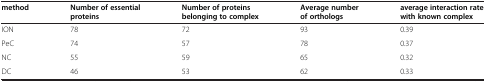
<table><thead><tr><td><b>method</b></td><td><b>Number of essential proteins</b></td><td><b>Number of proteins belonging to complex</b></td><td><b>Average number of orthologs</b></td><td><b>average interaction rate with known complex</b></td></tr></thead><tbody><tr><td>ION</td><td>78</td><td>72</td><td>93</td><td>0.39</td></tr><tr><td>PeC</td><td>74</td><td>57</td><td>78</td><td>0.37</td></tr><tr><td>NC</td><td>55</td><td>59</td><td>65</td><td>0.32</td></tr><tr><td>DC</td><td>46</td><td>53</td><td>62</td><td>0.33</td></tr></tbody></table>